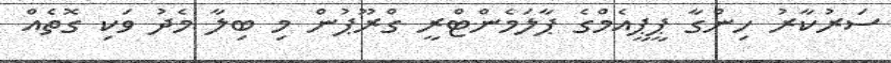
ސަރުކާރު ހިންގާ ޕީޕީއެމްގެ ޕާލަމެންޓްރީ ގްރޫޕުން މި ބިލާ މެދު ވަކި ގޮތެއް